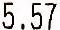
5.57